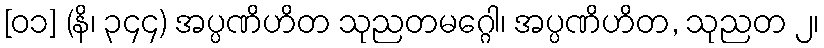
[၀၁] (နိ၊ ၃၄၄) အပ္ပဏိဟိတ သုညတမဂ္ဂေါ၊ အပ္ပဏိဟိတ, သုညတ ၂၊